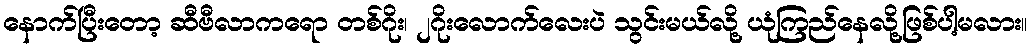
နောက်ပြီးတော့ ဆီဗီလာကရော တစ်ဂိုး၊ ၂ဂိုးလောက်လေးပဲ သွင်းမယ်လို့ ယုံကြည်နေလို့ဖြစ်ပါ့မလား။